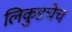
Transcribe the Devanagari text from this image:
लिकुडचेच